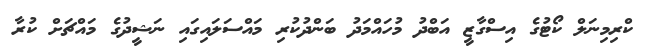
ކްރިމިނަލް ކޯޓުގެ އިސްގާޒީ އަބްދު މުހައްމަދު ބަންދުކުރި މައްސަލައިގައި ނަޝީދުގެ މައްޗަށް ކުރާ